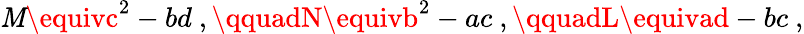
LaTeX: \mathit{M}\equivc^{2}-bd\ ,\qquadN\equivb^{2}-ac\ ,\qquadL\equivad-bc\ ,